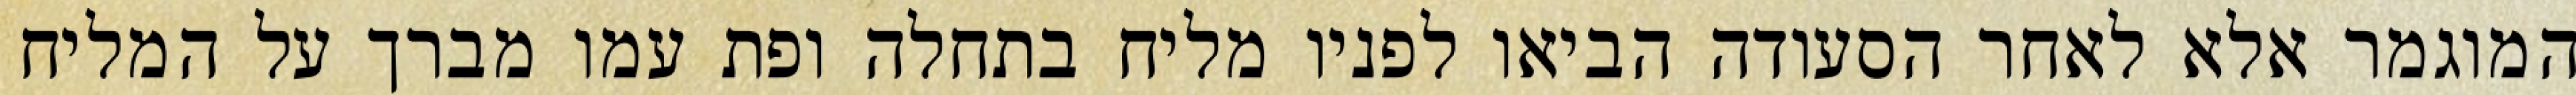
המוגמר אלא לאחר הסעודה הביאו לפניו מליח בתחלה ופת עמו מברך על המליח